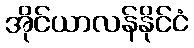
အိုင်ယာလန်နိုင်ငံ